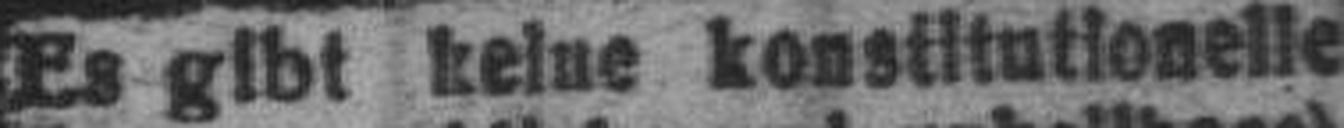
Es gibt keine konstitutionelle